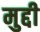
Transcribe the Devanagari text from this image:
मुद्दी